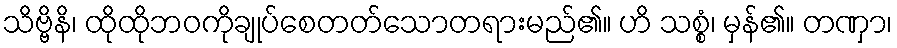
သိဗ္ဗိနိ၊ ထိုထိုဘဝကိုချုပ်စေတတ်သောတရားမည်၏။ ဟိ သစ္စံ၊ မှန်၏။ တဏှာ၊